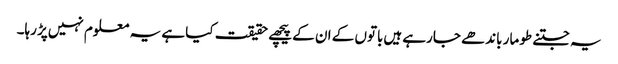
یہ جتنے طومار باندھے جارہے ہیں‌باتوں کے ان کے پیچھے حقیقت کیا ہے یہ معلوم نہیں‌پڑ رہا۔